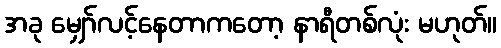
အခု မျှော်လင့်နေတာကတော့ နာရီတစ်လုံး မဟုတ်။